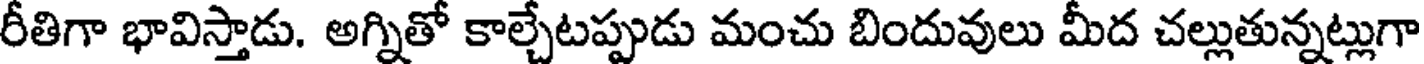
రీతిగా భావిస్తాడు. అగ్నితో కాల్చేటప్పుడు మంచు బిందువులు మీద చల్లుతున్నట్లుగా